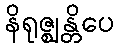
နိရုဇ္ဈန္တိပေ